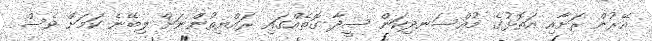
އޭރުން ރަށާއި އަތޮޅުގެ މުއްސަނދިކަން ސީދާ ގޮތެއްގައި ރައްޔިތުންނަށް ލިބޭނެ ކަމަށް ވެސް